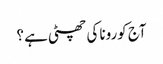
آج کورونا کی چھٹی ہے ؟